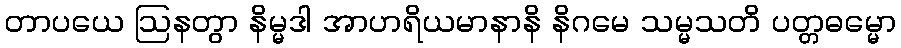
တာပယေ ဩနတွာ နိမ္မဒါ အာဟရိယမာနာနိ နိဂမေ သမ္မသတိ ပတ္တဓမ္မော